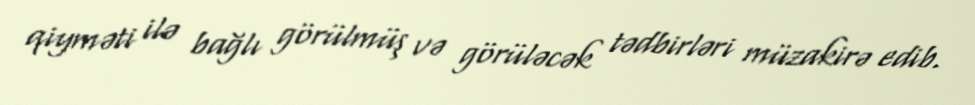
qiyməti ilə bağlı görülmüş və görüləcək tədbirləri müzakirə edib.